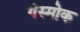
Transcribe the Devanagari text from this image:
गंस्मोक